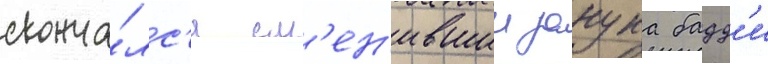
сконча́лс'я см'ен'ившии занука бадд'и